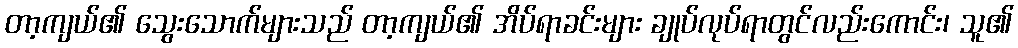
တာ့ကျယ်၏ သွေးသောက်များသည် တာ့ကျယ်၏ အိပ်ရာခင်းများ ချုပ်လုပ်ရာတွင်လည်းကောင်း၊ သူ၏